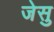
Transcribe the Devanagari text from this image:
जेसु